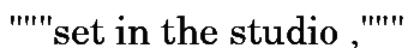
"""set in the studio ,"""